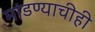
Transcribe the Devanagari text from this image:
मांडण्याचीही